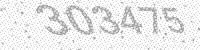
Solution: 303475